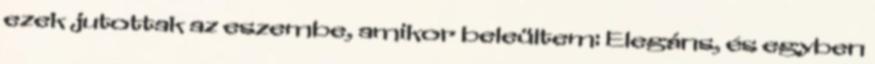
ezek jutottak az eszembe, amikor beleültem: Elegáns, és egyben